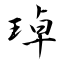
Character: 琸